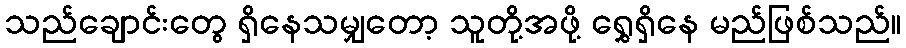
သည်ချောင်းတွေ ရှိနေသမျှတော့ သူတို့အဖို့ ရွှေရှိနေ မည်ဖြစ်သည်။